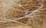
تقفين